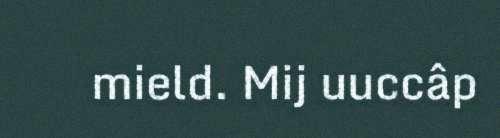
mield. Mij uuccâp